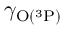
\gamma _ { \mathrm { O ( ^ { 3 } P ) } }